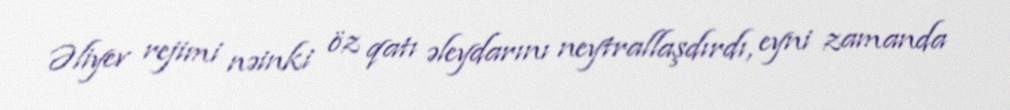
Əliyev rejimi nəinki öz qatı əleydarını neytrallaşdırdı, eyni zamanda